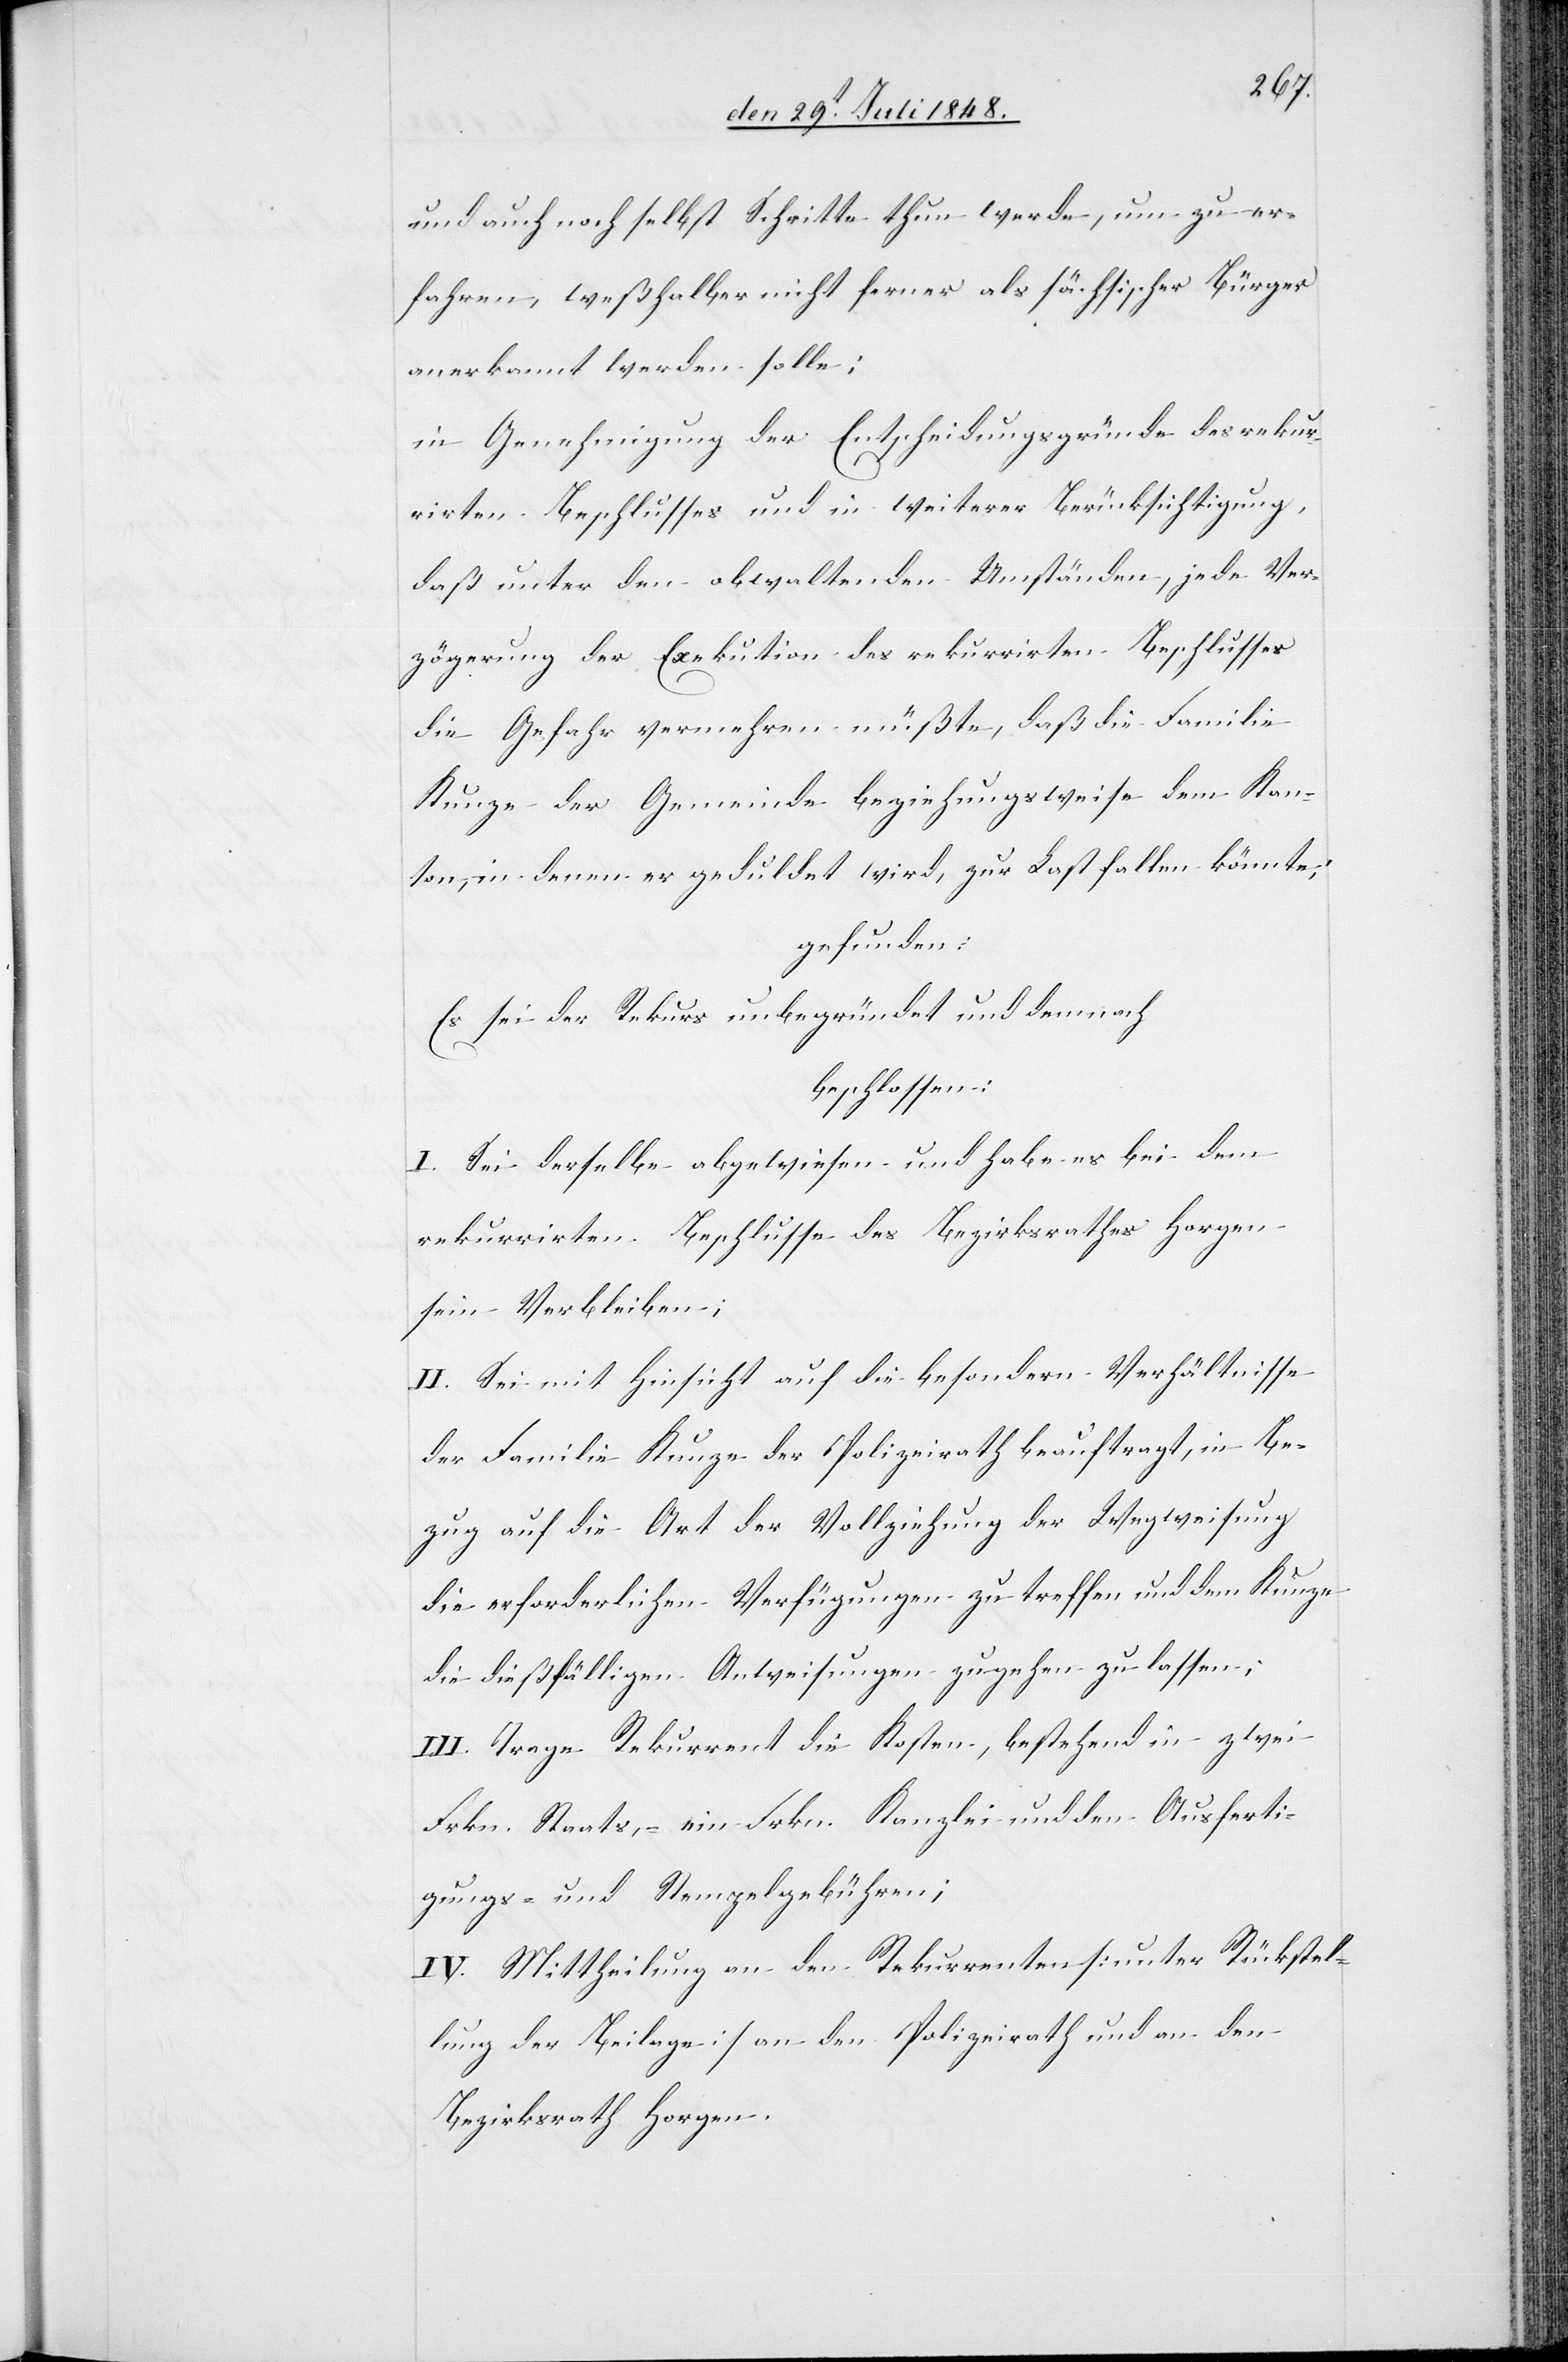
auch noch selbst Schritte thun wird, um zu er¬
fahren, weßhalb er nicht ferner als sächsischer Bürger
anerkannt werden solle;
in Genehmigung der Entscheidungsgründe des rekur¬
rirten Beschlusses und in weiterer Berücksichtigung,
daß unter den obwaltenden Umständen, jede Ver¬
zögerung der Exekution des rekurrirten Beschlusses
die Gefahr vermehren müßte, daß die Familie
Kunze der Gemeinde beziehungsweise dem Kan¬
ton, in denen er geduldet wird, zur Last fallen könnte;
gefunden:
Es sei der Rekurs unbegründet und demnach
beschlossen:
I. Sei derselbe abgewiesen und habe es bei dem
rekurrirten Beschlusse des Bezirksrathes Horgen
sein Verbleiben.
II. Sei mit Hinsicht auf die besondern Verhältnisse
der Familie Kunze der Polizeirath beauftragt, in Be¬
zug auf die Art der Vollziehung der Wegweisung
die erforderlichen Verfügungen zu treffen und dem Kunze
die dießfälligen Anweisungen zugehen zu lassen;
III. Trage Rekurrent die Kosten, bestehend in zwei
Frkn. Staats-, ein Frkn. Kanzlei und den Ausferti¬
gungs- und Stempelgebühren;
IV. Mittheilung an den Rekurrenten [unter Rückstel¬
lung der Beilage] an den Polizeirath und an den
Bezirksrath Horgen.